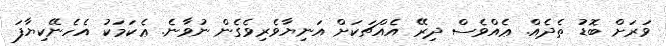
ވަރަށް ބޮޑު ތެދެއް. ޢެއްވެސް ދިރޭ އެއްޗަކަށް އަނިޔާވެރިވެގެން ނުވާނެ. ޢެކަމަކު އެހެނޭކިޔާފަ